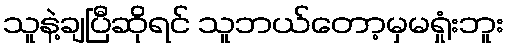
သူနဲ့ချပြီဆိုရင် သူဘယ်တော့မှမရှုံးဘူး